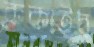
ককাইব